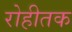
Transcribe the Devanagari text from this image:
रोहीतक